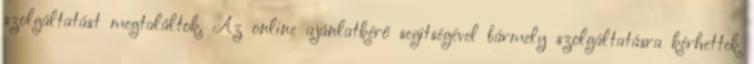
szolgáltatást megtaláltok. Az online ajánlatkérő segítségével bármely szolgáltatásra kérhettek